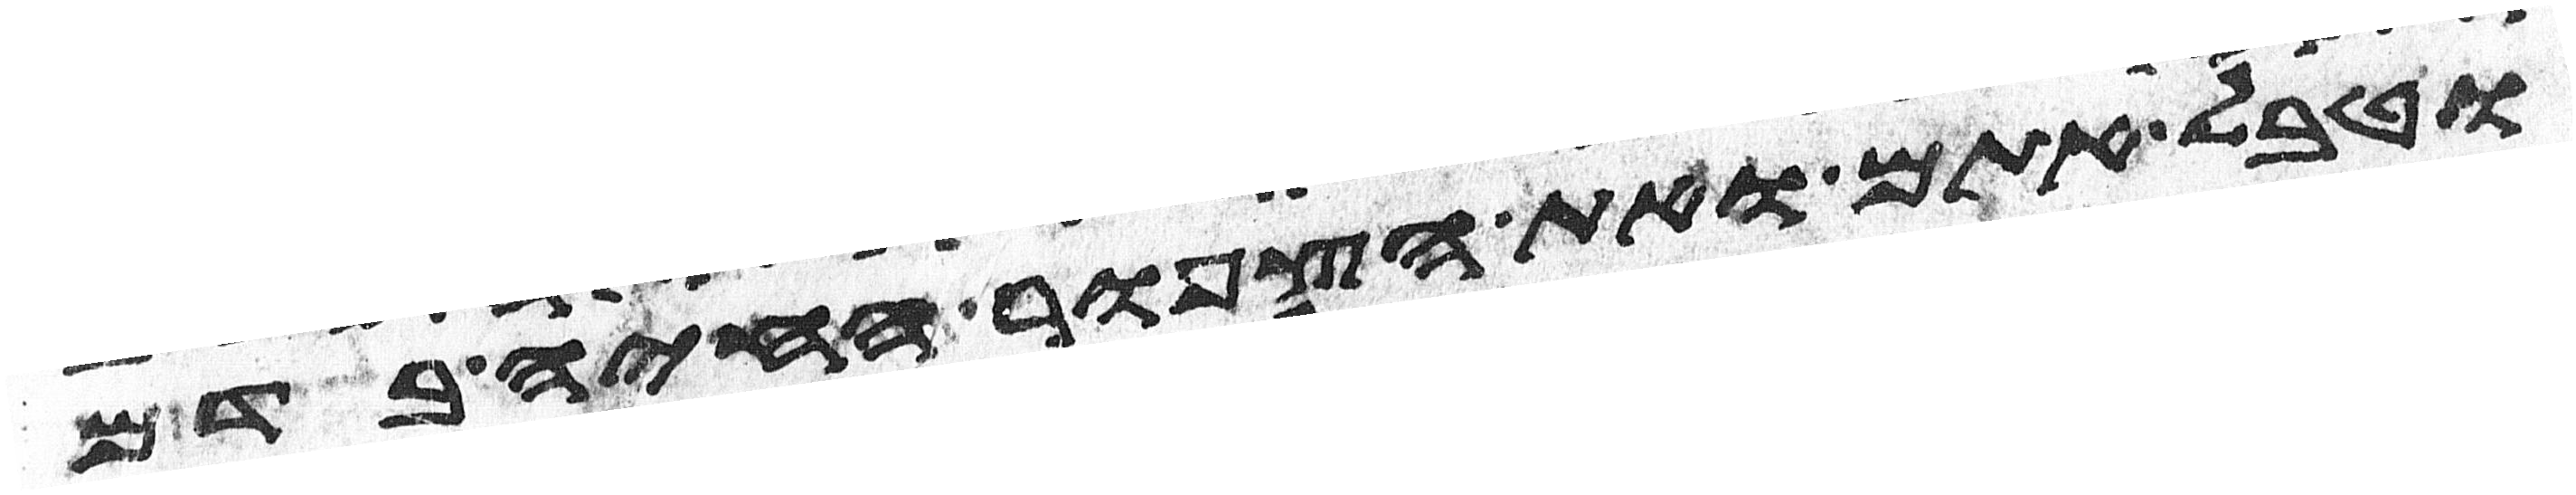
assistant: וטבל אתם ואת הצפור החיה בדם